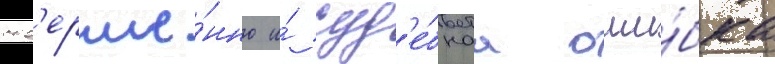
сов'ерше́нно и́ суд'е́бнаа оши́бка